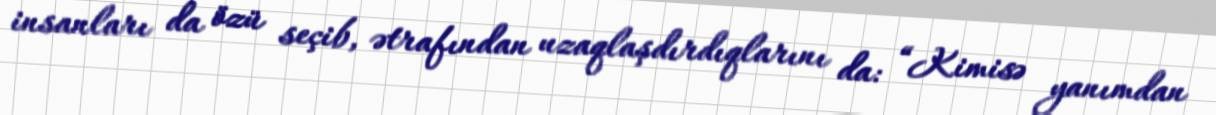
insanları da özü seçib, ətrafından uzaqlaşdırdıqlarını da: “Kimisə yanımdan